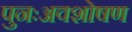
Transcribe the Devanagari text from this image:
पुनःअवशोषण